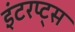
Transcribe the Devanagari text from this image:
इंटरप्ट्स